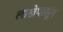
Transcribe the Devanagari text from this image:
लाखेपासून